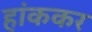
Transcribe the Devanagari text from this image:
हांककर